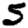
Digit: 5